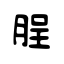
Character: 脭